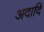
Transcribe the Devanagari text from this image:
अदादि